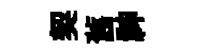
契舊神